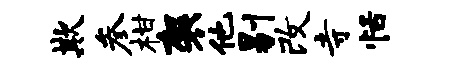
欺参柑袈他剔改寺恬